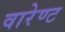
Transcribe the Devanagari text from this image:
वारेण्ट